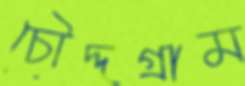
চৌদ্দগ্রাম